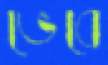
ভেবে